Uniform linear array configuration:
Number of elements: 64
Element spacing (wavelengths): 0.75
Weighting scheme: kaiser
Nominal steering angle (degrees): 60
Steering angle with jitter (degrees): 61.702
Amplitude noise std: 0.05
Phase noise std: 0.05

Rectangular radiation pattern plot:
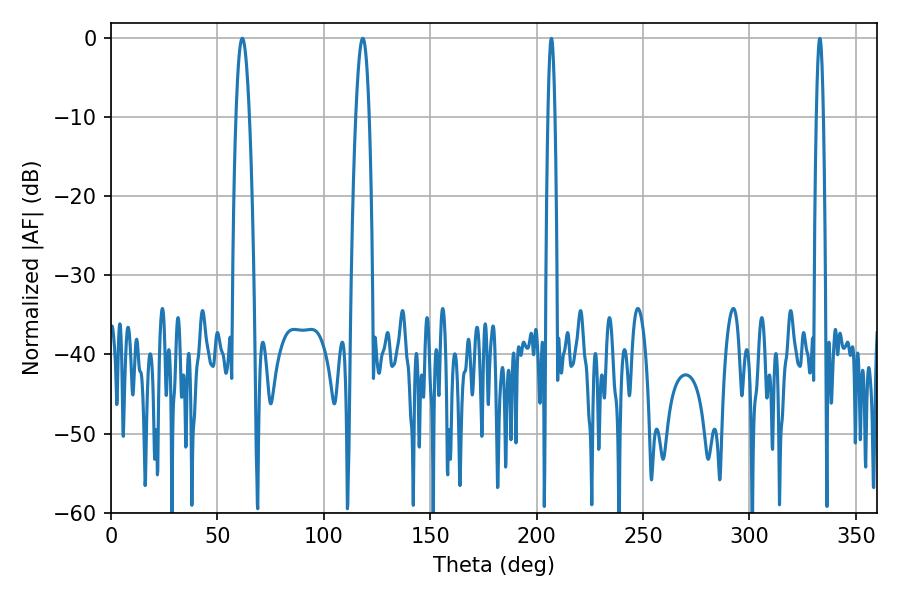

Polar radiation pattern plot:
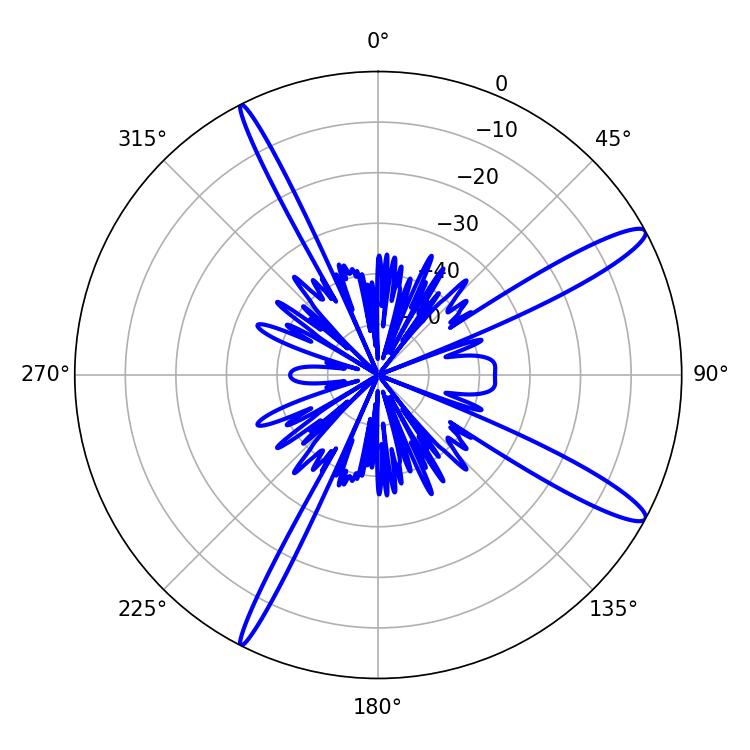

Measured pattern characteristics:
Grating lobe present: TRUE
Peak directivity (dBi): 13.743
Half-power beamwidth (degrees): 3.42
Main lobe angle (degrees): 118.26